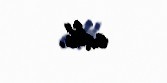
edib.